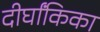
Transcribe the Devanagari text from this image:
दीर्घांकिका